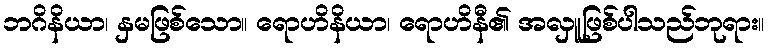
ဘဂိနိယာ၊ နှမဖြစ်သော။ ရောဟိနိယာ၊ ရောဟိနီ၏ အလှူဖြစ်ပါသည်ဘုရား။